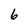
Character: 6